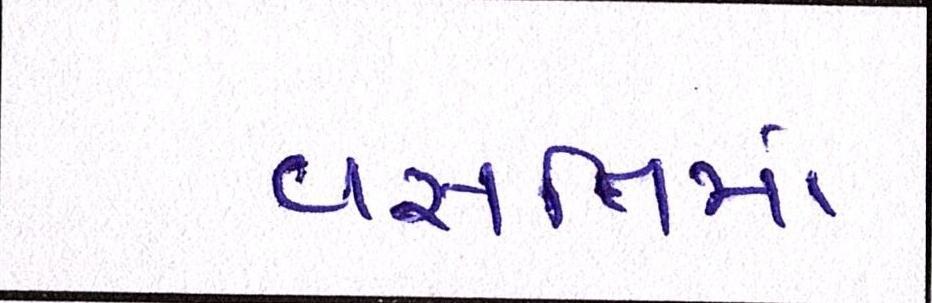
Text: વસતિમાં